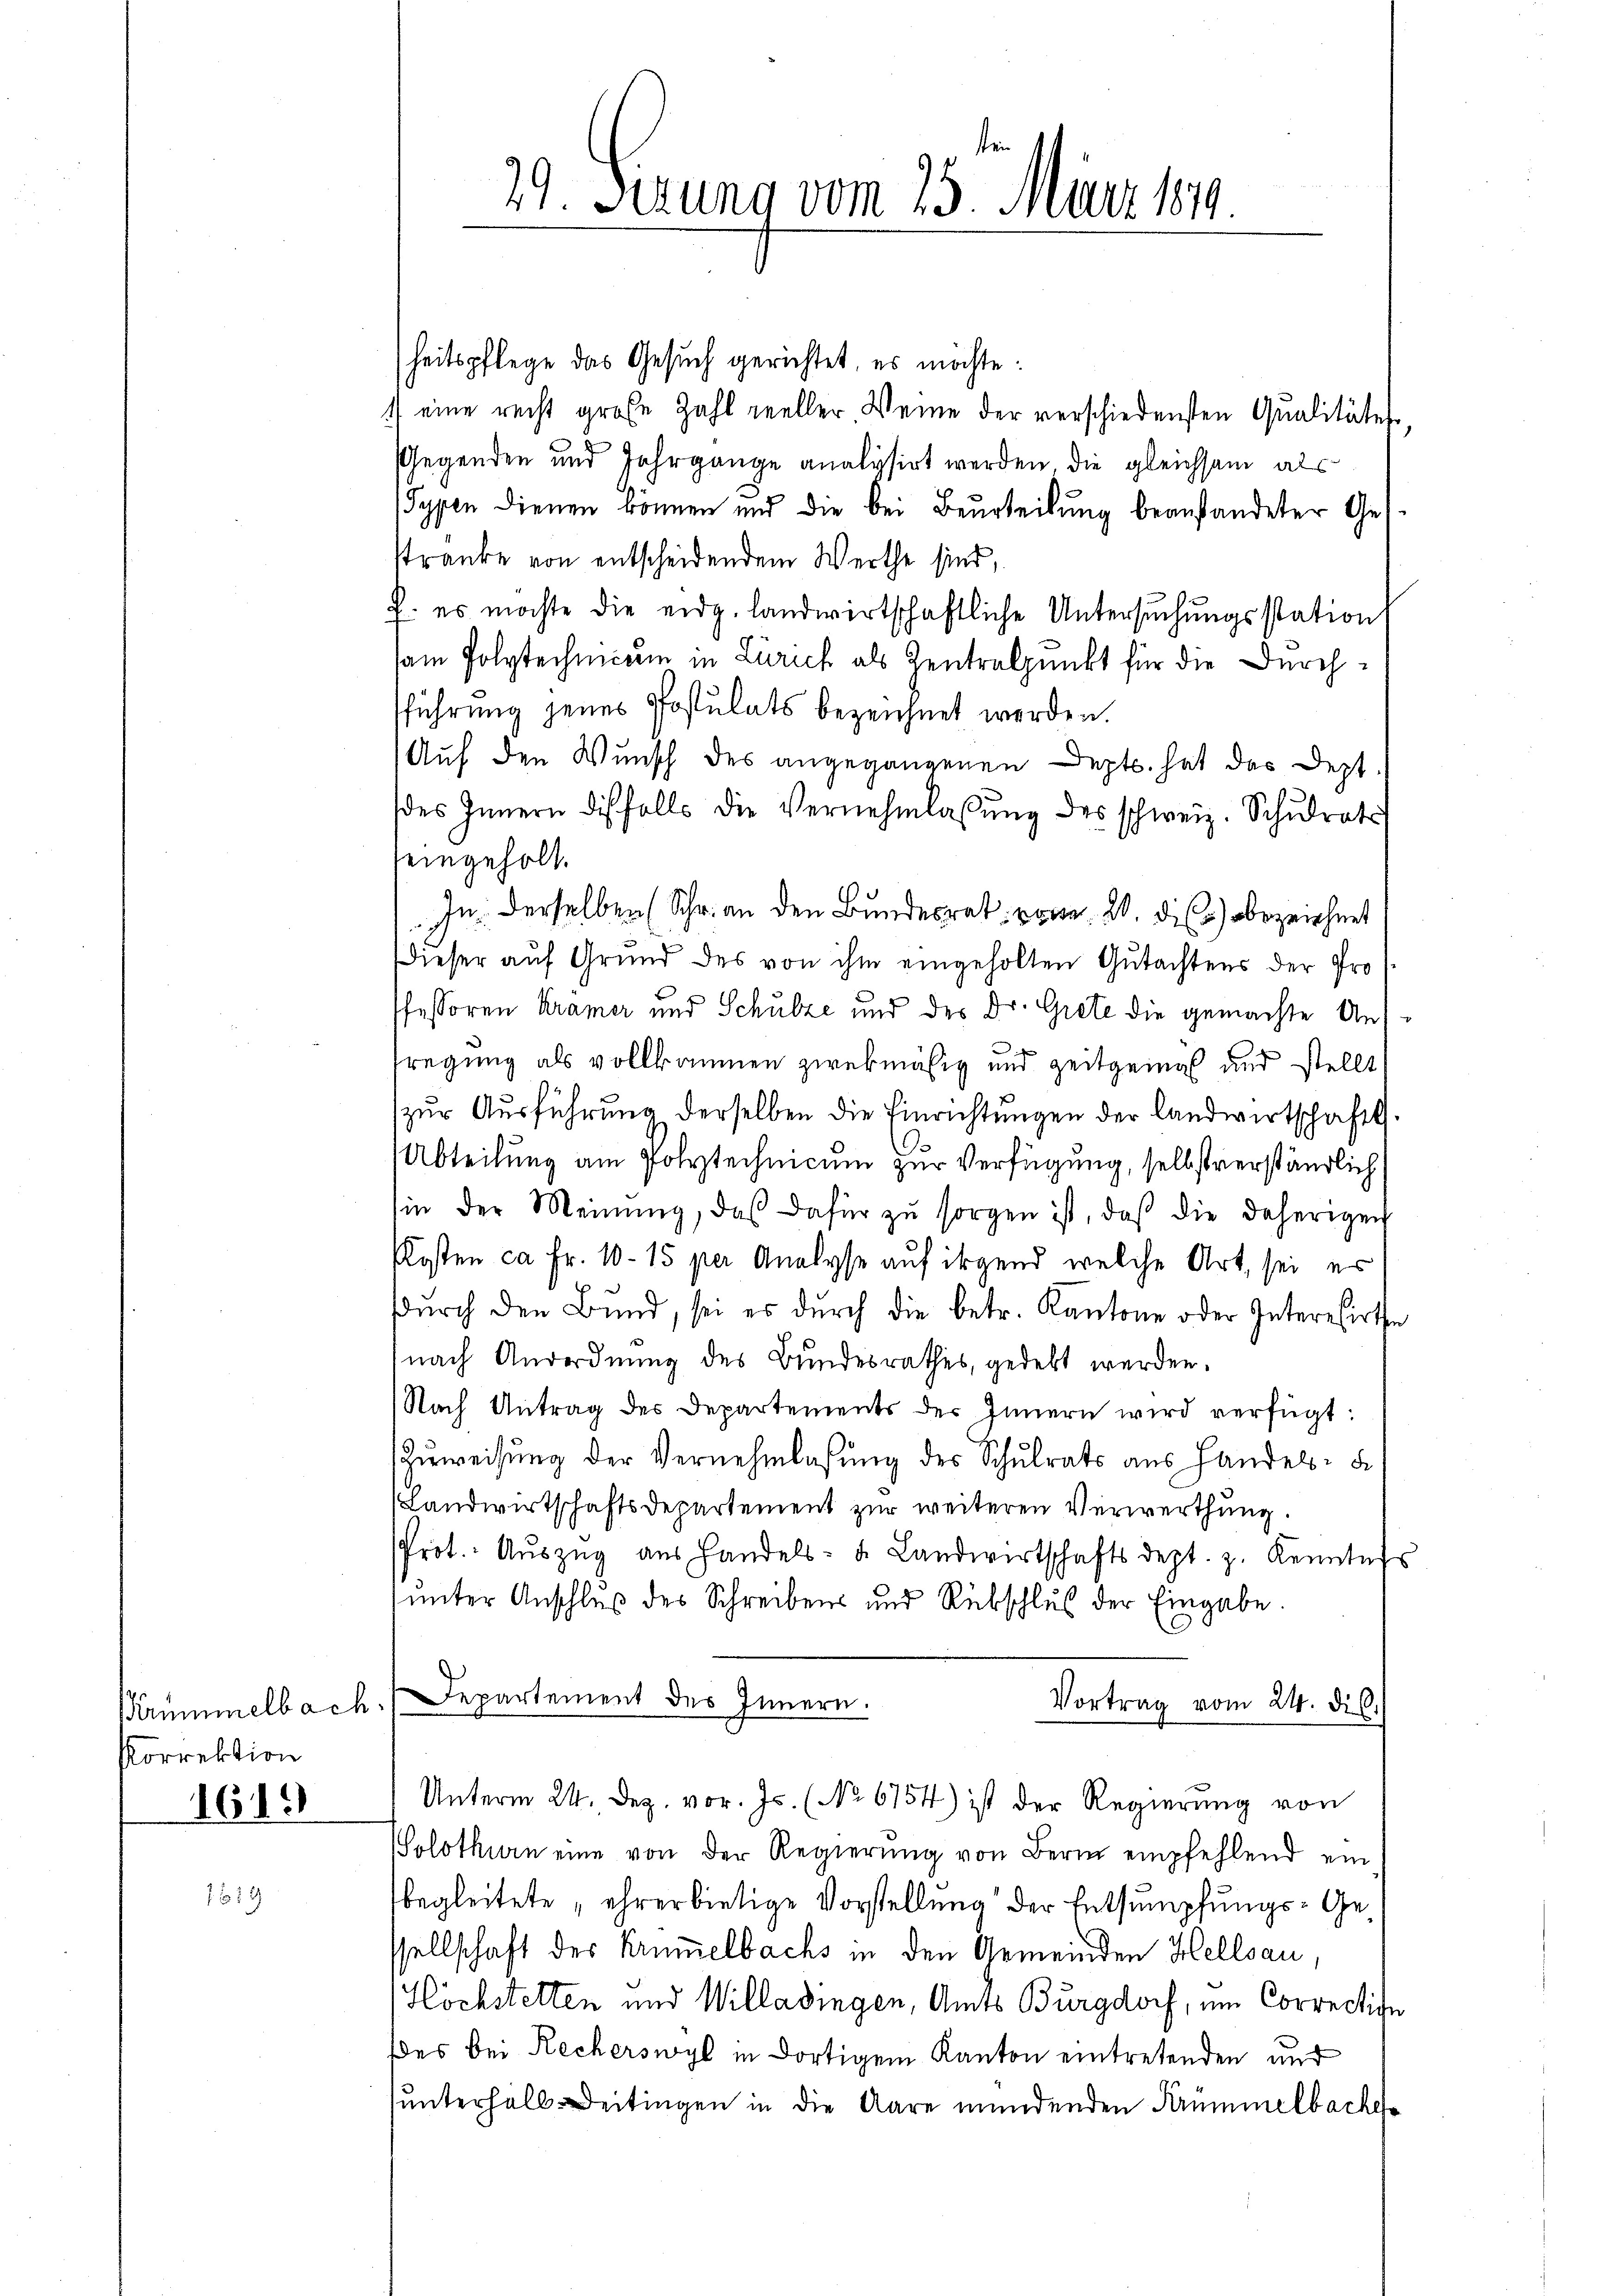
Krümmelbach.
Korrektion
1649

1619

29. Sizung vom 25. März 1879

heitspflege das Gesuch gerichtet, es möchte:
) eine recht große Zahl reeller Weine der verschiedensten Qualitätes
Gegenden und Jahrgange analysirt werden, die gleichsam als
Sypen dienen können und die bei Beurteilŭng beanständeter Ges
stranke von entscheidendem Werthe sind,
2. es möchte die eidg. landwirtschaftliche Untersuchungsstation
am Polytechnicum in Zürich als Zentralpunkt für die Durchsführung jenes Postulats bezeichnet werden.
Auf den Wunsch des angegangenen Dept. hat das Dezt
des Innern diesfalls die Vernehmlassŭng des schweiz. Schŭlrats
seingeholt.
In derselben (Schr. an den Bundesrat von 20. die bezeichnet
Dieser aŭf Grund des von ihm eingeholten Gutachtens der Pro
fessoren Kramer und Schulze und der Dr. Grete die gemachte Anfregung als vollkommen zwekmäsig und zeitgemäß und stellt
zur Ausführung derselben die Einrichtungen der Landwirtschaft.
Abteilung am Polytechnicum zur Verfügung, selbstverständlich
hin der Meinung, das dafür zu sorgen ist, daß die daherigen
Plosten ca Fr. 10 - 15 per Analyse auf irgend welche Art, sei es
e
dŭrch den Bund, sei es dŭrch die betr. Kantone oder Interesirthe
nach Anordnung des Bundesrathes, gedekt werden.
Nach Antrag des Departements der Innern wird verfügt:
Zuweisung der Vernehmlassung des Schulrats aus Handels-
Landwirtschaftsdepartement zur weiteren Verwerthung.
Prot. Aŭszŭg aŭs Handels- u. Landwirtschaftsdept. z. Kenntnis
unter Anschluß des Schreibens und Rückschluß der Eingabe.
Departement des Innern.
Vortrag vom 24. di.
Unterm 24. Dez. vor. Js. (No 6754) ist der Regierung von
Solothurn eine von der Regierung von Bern empfehlend ein
begleitete „ehrerbietige Vorstellung der Entsumpfungs-Gessellschaft der Krümmelbachs in den Gemeinden Hellsau,
Höchstelten und Willadingen, Amts Burgdorf, um Correction
es bei Recherswyl in dortigem Kanton eintretenden und
unterhalb-Deitingen in die Aare mündenden Krümmelbaches